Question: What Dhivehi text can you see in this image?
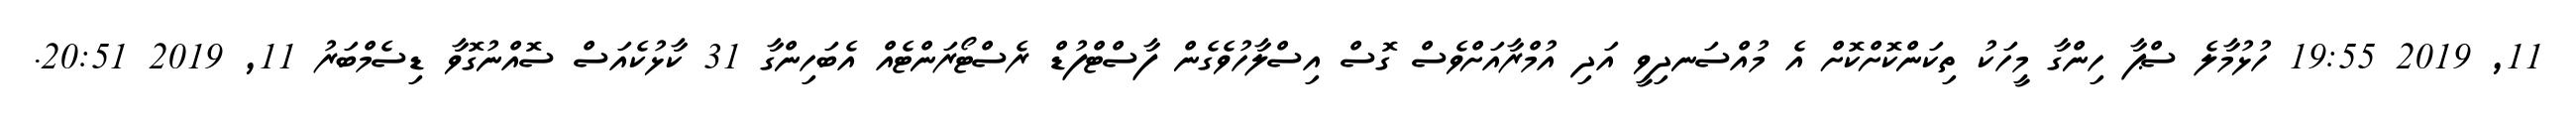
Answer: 11, 2019 19:55 ހުޅުމާލެ ސްޕާ ހިންގާ މީހަކު ތިކަންކޮށްކޮށް އެ މުއްސަނދިވީ އަދި އުމްރާއަށްވެސް ގޮސް އިސްލާހުވެގެން ފާސްޓްފުޑް ރެސްޓޯރަންޓެއް އެބަހިންގާ 31 ކާޅުކެއަސް ސޮއްނުގޮވާ ޑިސެމްބަރު 11, 2019 20:51.